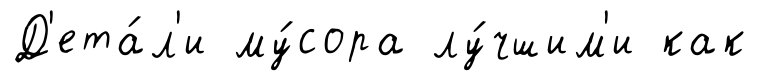
Д'ета́л'и му́сора лу́чшим'и как